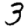
Digit: 3